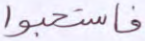
فاستحبوا